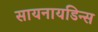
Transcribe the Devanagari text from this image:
सायनायडिन्स